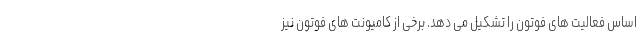
اساس فعالیت های فوتون را تشکیل می دهد. برخی از کامیونت های فوتون نیز